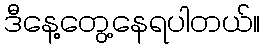
ဒီနေ့တွေ့နေရပါတယ်။